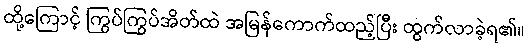
ထို့ကြောင့် ကြွပ်ကြွပ်အိတ်ထဲ အမြန်ကောက်ထည့်ပြီး ထွက်လာခဲ့ရ၏။